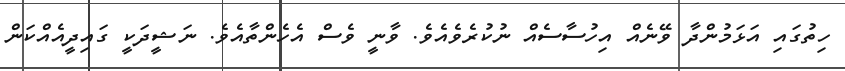
ހިތުގައި އަޅަމުންދާ ވޭނެއް އިހުސާސެއް ނުކުރެވެއެވެ. ވާނީ ވެސް އެހެންތާއެވެ. ނަޝީދަކީ ގައިދީއެއްކަން